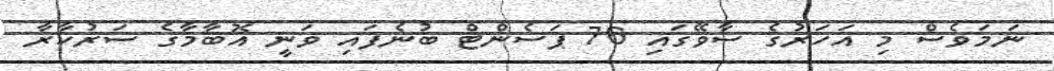
ނަމަވެސް މި އަހަރުގެ ސާވޭގައި 76 ޕަސެންޓް ބުނެފައި ވަނީ އޮބާމާގެ ސަރުކާރާ